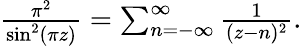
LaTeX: \begin{array}{r}{{\frac{\pi^{2}}{\sin^{2}(\pi z)}}=\sum_{n=-\infty}^{\infty}{\frac{1}{(z-n)^{2}}}.}\end{array}